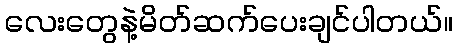
လေးတွေနဲ့မိတ်ဆက်ပေးချင်ပါတယ်။